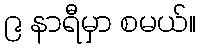
၉ နာရီမှာ စမယ်။